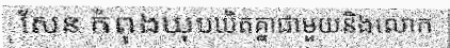
សែន កំពុងឃុបឃិតគ្នាជាមួយនិងលោក